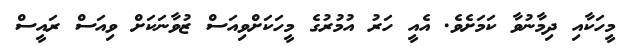
މީހަކާއި ދިމާނުވާ ކަމަށެވެ. އެއީ ހަރު އުމުރުގެ މީހަކަށްވިއަސް ޒުވާނަކަށް ވިއަސް ރައީސް